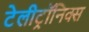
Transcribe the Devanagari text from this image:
टेलीट्रॉनिक्स